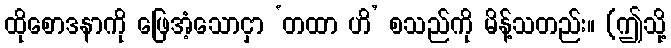
ထိုစောဒနာကို ဖြေအံ့သောငှာ ‘တထာ ဟိ’ စသည်ကို မိန့်သတည်း။ (ဤသို့